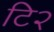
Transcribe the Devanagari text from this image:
टि२